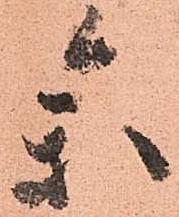
參